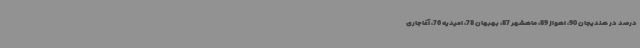
درصد در هندیجان 90، اهواز 89، ماهشهر 87، بهبهان 78، امیدیه 76، آغاجاری